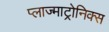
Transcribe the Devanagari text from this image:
प्लाज्माट्रोनिक्स